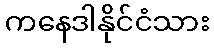
ကနေဒါနိုင်ငံသား